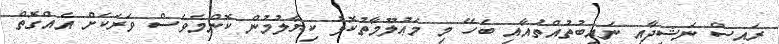
ރައީސް ނަޝީދާއި ނައިބުތުއްތުއާއި ބެހޭ މި މަޢުލޫމާތުކޮޅު ކިޔާލުމުން ކޮންމެވެސް ވަރަކަށް އެއްގޮތް